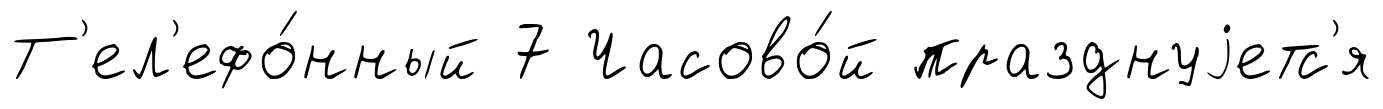
Т'ел'ефо́нный 7 Часово́й празднуjетс'я